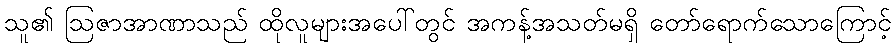
သူ၏ ဩဇာအာဏာသည် ထိုလူများအပေါ်တွင် အကန့်အသတ်မရှိ တော်ရောက်သောကြောင့်